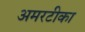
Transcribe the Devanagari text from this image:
अमरटीका